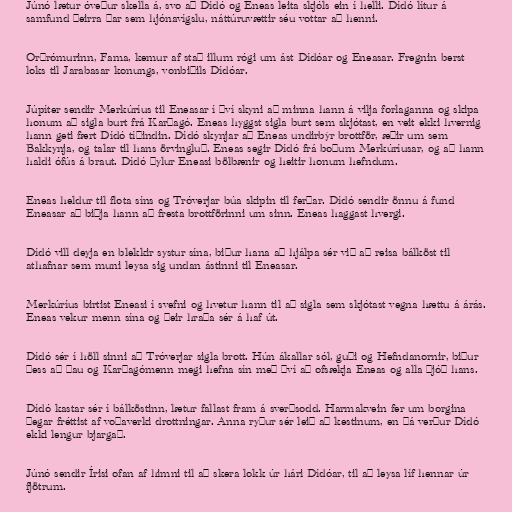
Júnó lætur óveður skella á, svo að Dídó og Eneas leita skjóls ein í helli. Dídó lítur á
samfund þeirra þar sem hjónavígslu, náttúruvættir séu vottar að henni.

Orðrómurinn, Fama, kemur af stað illum rógi um ást Dídóar og Eneasar. Fregnin berst
loks til Jarabasar konungs, vonbiðils Dídóar.

Júpíter sendir Merkúríus til Eneasar í því skyni að minna hann á vilja forlaganna og skipa
honum að sigla burt frá Karþagó. Eneas hyggst sigla burt sem skjótast, en veit ekki hvernig
hann geti fært Dídó tíðindin. Dídó skynjar að Eneas undirbýr brottför, æðir um sem
Bakkynja, og talar til hans örvingluð. Eneas segir Dídó frá boðum Merkúríusar, og að hann
haldi ófús á braut. Dídó þylur Eneasi bölbænir og heitir honum hefndum.

Eneas heldur til flota síns og Tróverjar búa skipin til ferðar. Dídó sendir önnu á fund
Eneasar að biðja hann að fresta brottförinni um sinn. Eneas haggast hvergi.

Dídó vill deyja en blekkir systur sína, biður hana að hjálpa sér við að reisa bálköst til
athafnar sem muni leysa sig undan ástinni til Eneasar.

Merkúríus birtist Eneasi í svefni og hvetur hann til að sigla sem skjótast vegna hættu á árás.
Eneas vekur menn sína og þeir hraða sér á haf út.

Dídó sér í höll sinni að Tróverjar sigla brott. Hún ákallar sól, guði og Hefndanornir, biður
þess að þau og Karþagómenn megi hefna sín með því að ofsækja Eneas og alla þjóð hans.

Dídó kastar sér í bálköstinn, lætur fallast fram á sverðsodd. Harmakvein fer um borgina
þegar fréttist af voðaverki drottningar. Anna ryður sér leið að kestinum, en þá verður Dídó
ekki lengur bjargað.

Júnó sendir Írisi ofan af himni til að skera lokk úr hári Dídóar, til að leysa líf hennar úr
fjötrum.